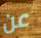
عن